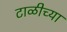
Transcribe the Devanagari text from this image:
टाळीच्या